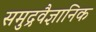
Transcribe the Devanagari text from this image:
समुद्रवैज्ञानिक